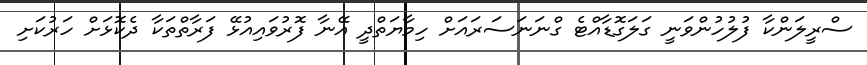
ސްރީލަންކާ ފުލުހުންވަނީ ގަލަގޮޑާއްޓެ ގްނަނަސަރައަށް ހިމާޔަތްދީ އޭނާ ފޮރުވައިއުޅޭ ފަރާތްތަކާ ދެކޮޅަށް ހަރުކަށި